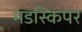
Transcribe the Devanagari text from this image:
मडस्किपर